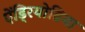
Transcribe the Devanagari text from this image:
ऐंड्रियोब्रिया